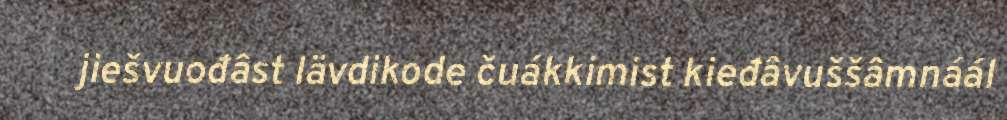
jiešvuođâst lävdikode čuákkimist kieđâvuššâmnáál